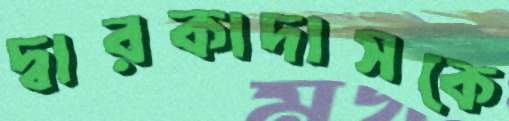
দ্বারকাদাসকে